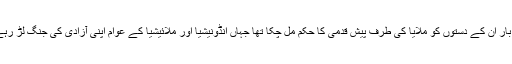
اب کی بار ان کے دستوں کو ملایا کی طرف پیش قدمی کا حکم مل چکا تھا جہاں انڈونیشیا اور ملائیشیا کے عوام اپنی آزادی کی جنگ لڑ رہے تھے۔